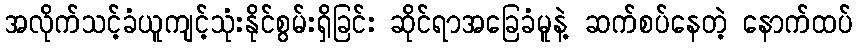
အလိုက်သင့်ခံယူကျင့်သုံးနိုင်စွမ်းရှိခြင်း ဆိုင်ရာအခြေခံမူနဲ့ ဆက်စပ်နေတဲ့ နောက်ထပ်